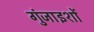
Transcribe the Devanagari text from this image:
गुंजाइशों